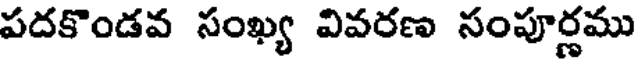
పదకొండవ సంఖ్య వివరణ సంపూర్ణము